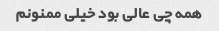
همه چی عالی بود خیلی ممنونم